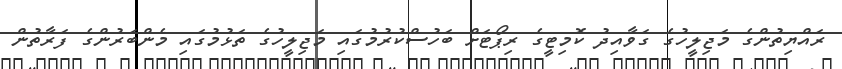
ރައްޔިތުންގެ މަޖިލީހުގެ ގަވާއިދު ކޮމިޓީގެ ރިޕޯޓަށް ބަހުސްކުރުމުގައި މަޖިލީހުގެ ތަޅުމުގައި މެންބަރުންގެ ފަރާތުން